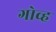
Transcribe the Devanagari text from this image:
गोव्ह